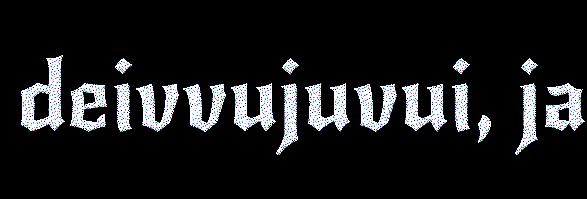
deivvujuvui, ja